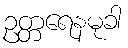
ဥတ္တရေနမုခါ